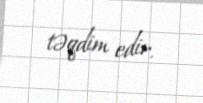
təqdim edir.